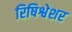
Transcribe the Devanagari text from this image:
रिषिश्वेशर